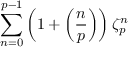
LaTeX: \sum _ { n = 0 } ^ { p - 1 } \left( 1 + \left( { \frac { n } { p } } \right) \right) \zeta _ { p } ^ { n }